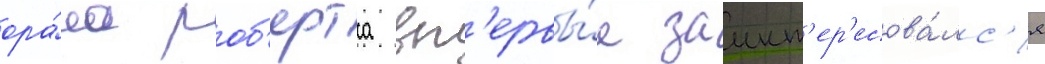
ора́ла роб'ертса вп'ервы́е заинт'ер'есова́лс'я